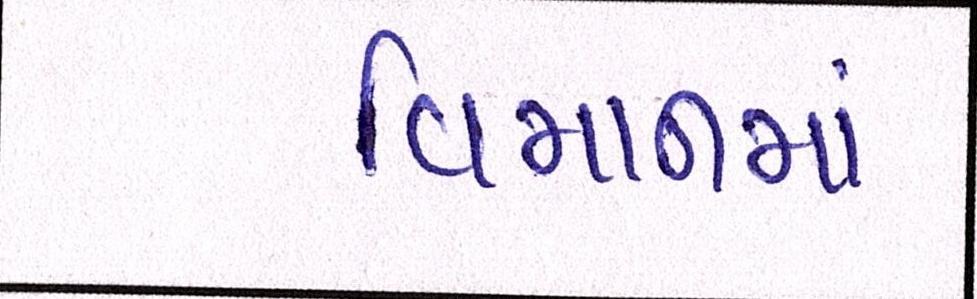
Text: વિમાનમાં